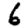
Digit: 6